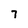
Character: 7